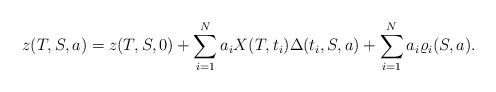
LaTeX: \begin{align*}z(T,S,a) = z(T,S,0) + \sum_{i=1}^N a_i X(T,t_i) \Delta(t_i,S,a) + \sum_{i=1}^N a_i \varrho_i(S,a).\end{align*}